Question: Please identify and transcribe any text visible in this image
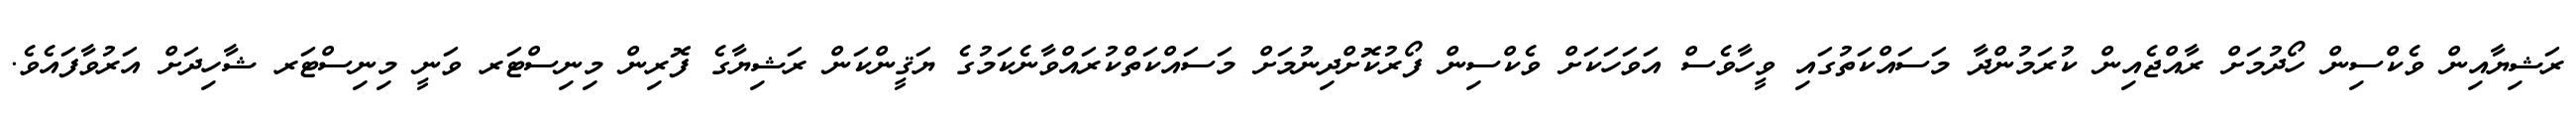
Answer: ރަޝިޔާއިން ވެކްސިން ހޯދުމަށް ރާއްޖެއިން ކުރަމުންދާ މަސައްކަތުގައި ވީހާވެސް އަވަހަކަށް ވެކްސިން ފޯރުކޮށްދިނުމަށް މަސައްކަތްކުރައްވާނެކަމުގެ ޔަޤީންކަން ރަޝިޔާގެ ފޮރިން މިނިސްޓަރ ވަނީ މިނިސްޓަރ ޝާހިދަށް އަރުވާފައެވެ.